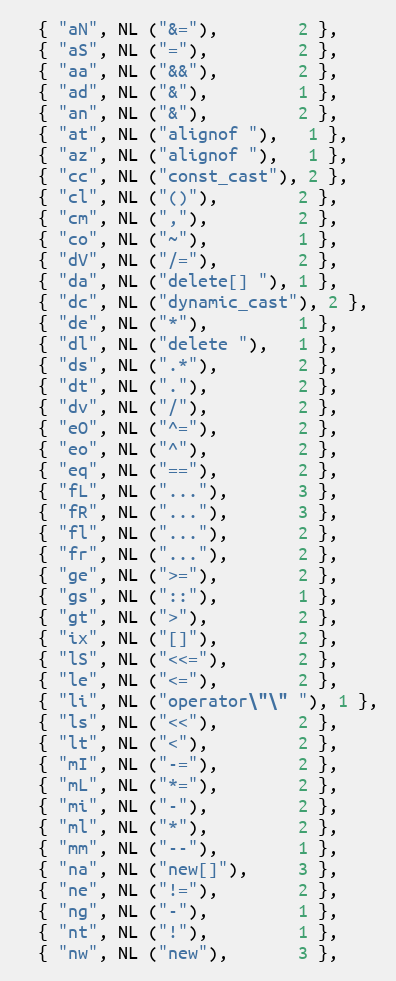
Language: C
  { "aN", NL ("&="),        2 },
  { "aS", NL ("="),         2 },
  { "aa", NL ("&&"),        2 },
  { "ad", NL ("&"),         1 },
  { "an", NL ("&"),         2 },
  { "at", NL ("alignof "),   1 },
  { "az", NL ("alignof "),   1 },
  { "cc", NL ("const_cast"), 2 },
  { "cl", NL ("()"),        2 },
  { "cm", NL (","),         2 },
  { "co", NL ("~"),         1 },
  { "dV", NL ("/="),        2 },
  { "da", NL ("delete[] "), 1 },
  { "dc", NL ("dynamic_cast"), 2 },
  { "de", NL ("*"),         1 },
  { "dl", NL ("delete "),   1 },
  { "ds", NL (".*"),        2 },
  { "dt", NL ("."),         2 },
  { "dv", NL ("/"),         2 },
  { "eO", NL ("^="),        2 },
  { "eo", NL ("^"),         2 },
  { "eq", NL ("=="),        2 },
  { "fL", NL ("..."),       3 },
  { "fR", NL ("..."),       3 },
  { "fl", NL ("..."),       2 },
  { "fr", NL ("..."),       2 },
  { "ge", NL (">="),        2 },
  { "gs", NL ("::"),	    1 },
  { "gt", NL (">"),         2 },
  { "ix", NL ("[]"),        2 },
  { "lS", NL ("<<="),       2 },
  { "le", NL ("<="),        2 },
  { "li", NL ("operator\"\" "), 1 },
  { "ls", NL ("<<"),        2 },
  { "lt", NL ("<"),         2 },
  { "mI", NL ("-="),        2 },
  { "mL", NL ("*="),        2 },
  { "mi", NL ("-"),         2 },
  { "ml", NL ("*"),         2 },
  { "mm", NL ("--"),        1 },
  { "na", NL ("new[]"),     3 },
  { "ne", NL ("!="),        2 },
  { "ng", NL ("-"),         1 },
  { "nt", NL ("!"),         1 },
  { "nw", NL ("new"),       3 },